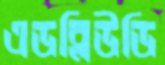
এডব্লিউডি